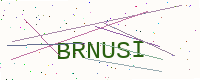
Text: BRNUSI